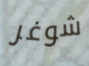
شوغر